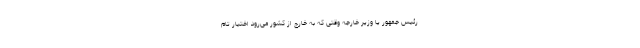
رئیس جمهور یا وزیر خارجه وقتی که به خارج از کشور می‌رود اختیار تام